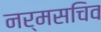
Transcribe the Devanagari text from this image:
नर्मसचिव